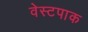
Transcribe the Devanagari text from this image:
वेस्टपाक